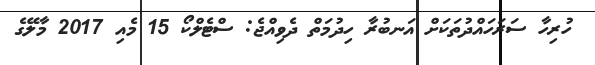
ހުރިހާ ސަރަހައްދުތަކަށް އަނބުރާ ހިދުމަތް ދެވިއްޖެ: ސްޓެލްކޯ 15 މެއި 2017 މާލޭގެ